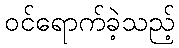
ဝင်ရောက်ခဲ့သည့်